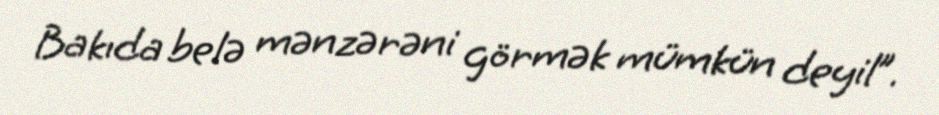
Bakıda belə mənzərəni görmək mümkün deyil”.